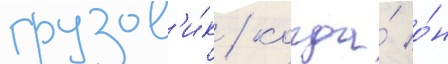
грузов'и́к / когда́ о́н